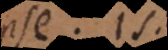
Ipse. Is.